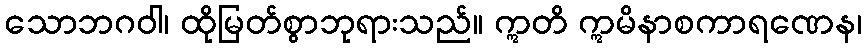
သောဘဂဝါ၊ ထိုမြတ်စွာဘုရားသည်။ ဣတိ ဣမိနာစကာရဏေန၊